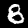
Digit: 8